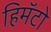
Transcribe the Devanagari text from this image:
हिमॅटो